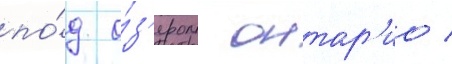
по́д о́з'ером онтар'ио /